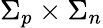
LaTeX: \Sigma_{p}\times\Sigma_{n}